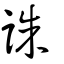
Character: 誅